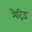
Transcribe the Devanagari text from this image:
मैट्रिड